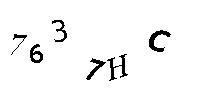
7637HC